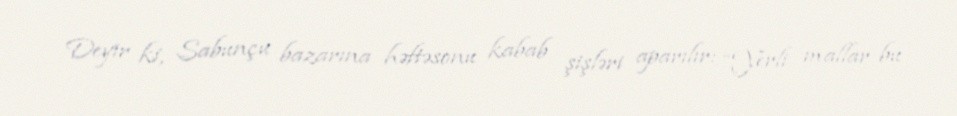
Deyir ki, Sabunçu bazarına həftəsonu kabab şişləri aparılır: “Yerli mallar bu